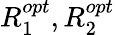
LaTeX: R_{1}^{opt},R_{2}^{opt}